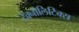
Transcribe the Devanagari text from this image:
टेक्नोलिटिक्स